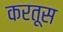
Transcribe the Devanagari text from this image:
करतूस